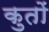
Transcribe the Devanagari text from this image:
कुतों